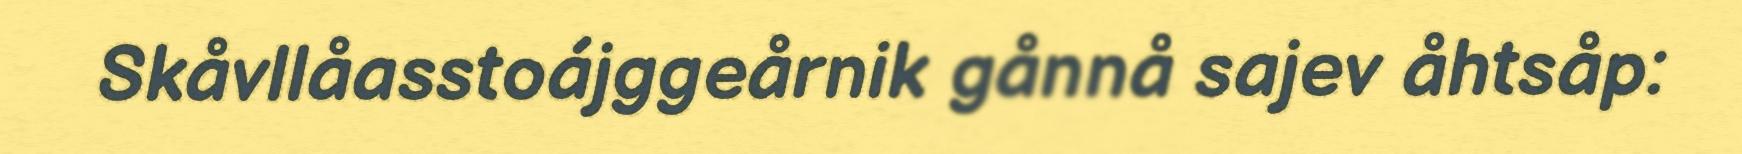
Skåvllåasstoájggeårnik gånnå sajev åhtsåp: